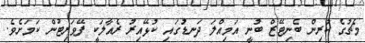
މެޗުގެ ކުރިން ބެނިޓޭޒް ބުނީ އަމިއްލަ ދަނޑުގައި ކުޅޭއިރު ރެއާލަކީ ފޭވަރިޓުން ކަމަށެވެ.